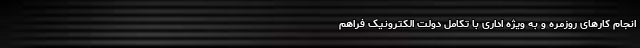
انجام کارهای روزمره و به ویژه اداری با تکامل دولت الکترونیک فراهم